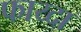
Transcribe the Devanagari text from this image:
फाय्दा